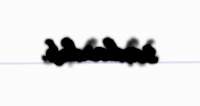
saxlanılıb.